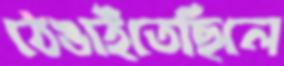
ঠেঙাইতেছিলে